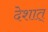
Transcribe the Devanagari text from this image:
देशात्